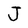
Character: J